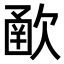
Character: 𣣻